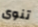
تنوى